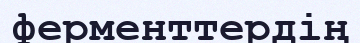
ферменттердің